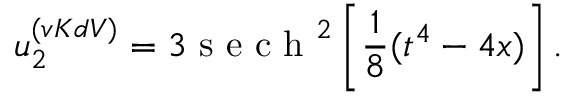
u _ { 2 } ^ { ( v K d V ) } = 3 \mathrm { ~ s ~ e ~ c ~ h ~ } ^ { 2 } \left[ \frac { 1 } { 8 } ( t ^ { 4 } - 4 x ) \right] .